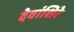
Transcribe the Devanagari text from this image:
देवांशिरे